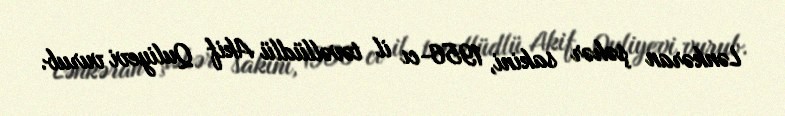
Lənkəran şəhər sakini, 1956-cı il təvəllüdlü Akif Quliyevi vurub.